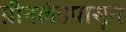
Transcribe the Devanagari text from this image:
ग्रीनलंडपासून